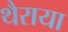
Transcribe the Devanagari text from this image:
थैराया